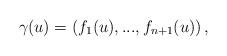
LaTeX: \begin{align*}\gamma (u)=\left( f_{1}(u),...,f_{n+1}(u)\right) , \end{align*}